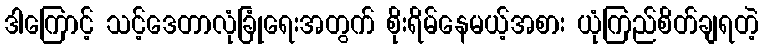
ဒါကြောင့် သင့်ဒေတာလုံခြုံရေးအတွက် စိုးရိမ်နေမယ့်အစား ယုံကြည်စိတ်ချရတဲ့